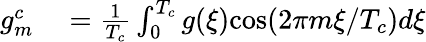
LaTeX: \begin{array}{rl}{g_{m}^{c}}&{{}=\frac{1}{T_{c}}\int_{0}^{T_{c}}g(\xi)\mathrm{cos}(2\pi m\xi/T_{c})d\xi}\end{array}